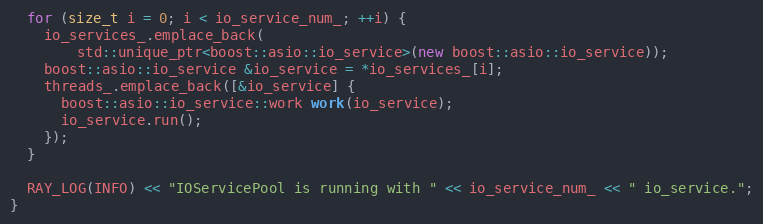
Language: C++
  for (size_t i = 0; i < io_service_num_; ++i) {
    io_services_.emplace_back(
        std::unique_ptr<boost::asio::io_service>(new boost::asio::io_service));
    boost::asio::io_service &io_service = *io_services_[i];
    threads_.emplace_back([&io_service] {
      boost::asio::io_service::work work(io_service);
      io_service.run();
    });
  }

  RAY_LOG(INFO) << "IOServicePool is running with " << io_service_num_ << " io_service.";
}